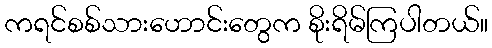
ကရင်စစ်သားဟောင်းတွေက စိုးရိမ်ကြပါတယ်။